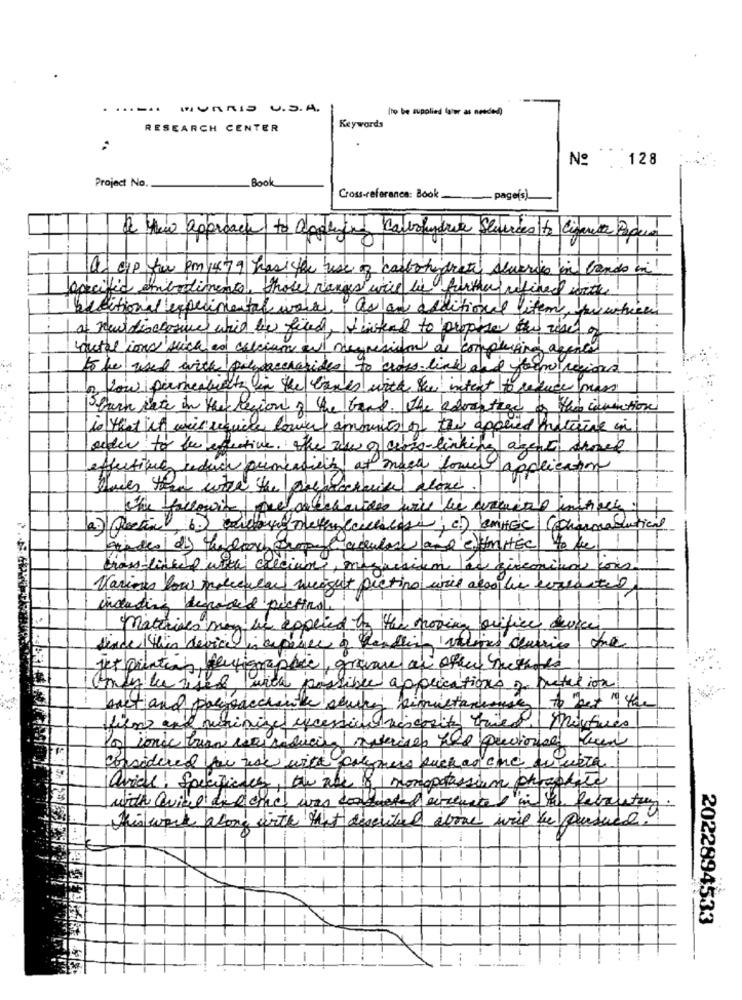
....... HURRIS U.S.A.
(to be supplied later as needed)
RESEARCH CENTER
Keywords
Nº . 128
Project No.
Book
Cross-referance: Book
page[s)
thew approach to applying
Caroladrie Shares to Ciganita Papua
las cip fw pm 14 79 has the use of carbohydrate Alueric in bands in!
pacified embodiment, those ranges will be further refined with
bacitional experimental ustal . aslan additional items practice
a nuldisclosure which be fixed, Viskal to prepare the use of
natal ions such as calcium al nicyresison as complessing agence
to be used with polysaccharides to cross- link and form regions.
a low permeability in the caves with the intent to reduce mars
Stark late in the region of the band. The advantage of the invention
is that ich weis require lower amounts of the applied miteine in
order to be efetive. The ww o cens-linking agent simed
effective reduce permessicity at mach fome application
chaves the wire the loaches
c.) SMAGC| (ouimadutical
Madulas
lasécurité to fel
chass- linked with creciums, me
fisconina ions
Various Pour precencars might ou
tipo will also be credited
including denided pechino.
matrices may an explied by the moving orifice device
since this device is apasse of
alice varies deurrice, the
jet puntian bentigraphie, gravar au chaud metades
Only be used with possib
applications y pretation
lifme and minimize excessive viscosity tried, Montres
los ionic brian was
considered for use with polymers puchar one quete
avice! Specificacs, an all of mongpotassium chroplate
with Quied dik and was conde
hiswork along with that described above will be pursued
-
2022894533